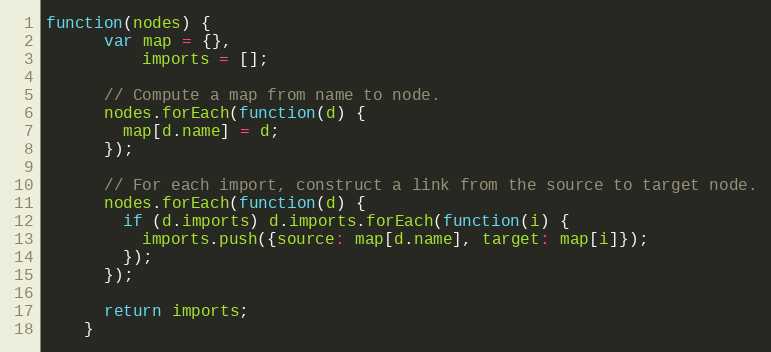
Language: JavaScript
function(nodes) {
      var map = {},
          imports = [];

      // Compute a map from name to node.
      nodes.forEach(function(d) {
        map[d.name] = d;
      });

      // For each import, construct a link from the source to target node.
      nodes.forEach(function(d) {
        if (d.imports) d.imports.forEach(function(i) {
          imports.push({source: map[d.name], target: map[i]});
        });
      });

      return imports;
    }